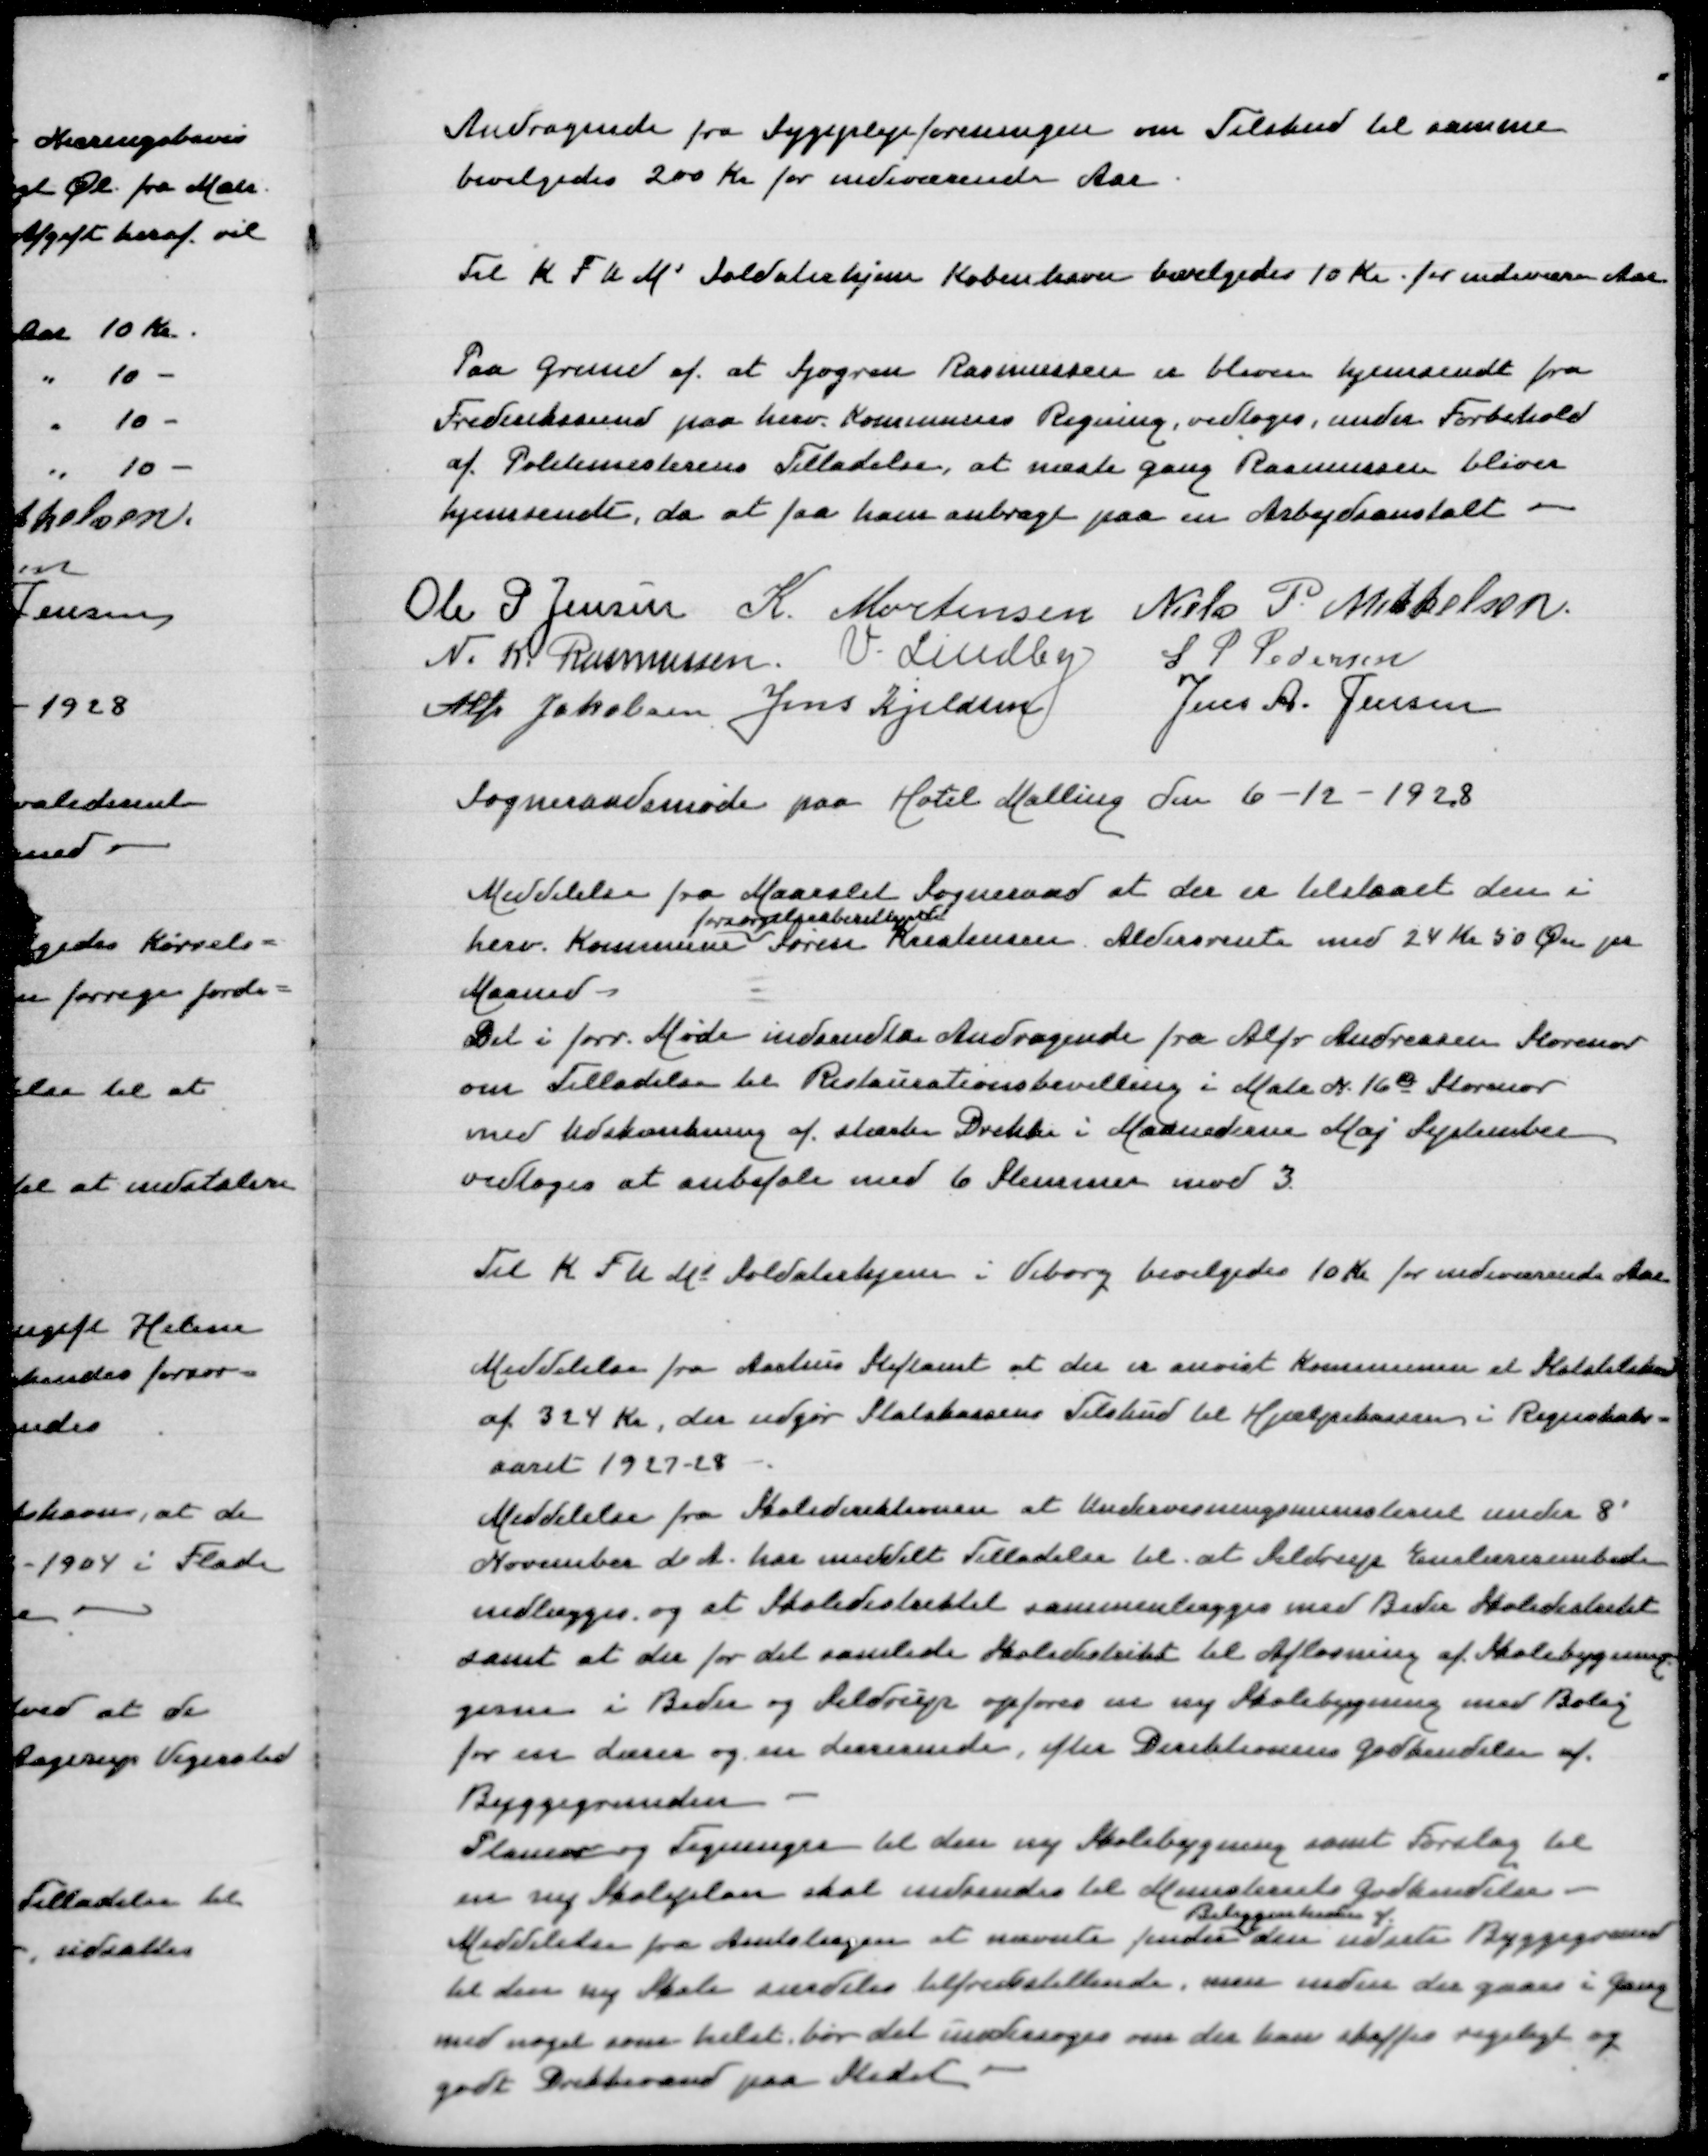
Transskription:
Andragende fra Sygeplejeforeningen om Tilskud til samme
bevilgedes 200 Kr for indeværende Aar

Til K F U M' Soldaterhjem København bevilgedes 10 Kr for indeværende Aar

Paa Grund af at Sjøgren Rasmussen er blevet hjemsendt fra
Frederikssund paa herv Kommunes Regning, vedtoges, under Forbehold
af Politimesterens Tilladelse, at næste gang Rasmussen bliver
hjemsendt, da at faa ham anbragt paa en Arbejdsanstalt

Ole P Jensen
K Mortensen
Niels P Mikkelsen
N K Rasmussen
V Lindby
S P Pedersen
Alfr Jakobsen
Jens Kjeldsen
Jens A Jensen
Sogneraadsmøde paa Hotel Malling den 6-12-1928

Meddelelse fra Maarslet Sogneraad at der er tilstaaet den i
forsørgelsesberettigede
herv Kommune Søren Kristensen Aldersrente med 24 Kr 50 Øre pr
Maaned
Det i forr Møde indsendte Andragende fra Alfr Andreasen Storenor
om Tilladelse til Restaurationsbevilling i Matr N 16c Storenor
med Udskænkning af stærke Drikke i Maanederne Maj September
vedtoges at anbefale med 6 Stemmer mod 3

Til K F U M' Soldaterhjem i Viborg bevilgedes 10 Kr for indeværende Aar

Meddelelse fra Aarhus Stiftamt at der er anvist Kommunen et Statstilskud
af 324 Kr, der udgør Statskassens Tilskud til Hjælpekassen i Regnskabs=
aaret 1927-28
Meddelelse fra Skoledirektionen at Undervisningsministeriet under 8'
November d A har meddelt Tilladelse til at Seldrup Enelærerembede
nedlægges, og at Skoledistriktet sammenlægges med Beder Skoledistrikt
samt at der for det samlede Skoledistrikt til Afløsning Skolebygning=
gerne i Beder og Seldrup opføres en ny Skolebygning med Bolig
for en Lærer og en Lærerinde, efter Direktionens Godkendelse af
Byggegrunden
Planer og Tegninger til den ny Skolebygning samt Forslag til
en ny Skoleplan skal indsendes til Ministeriets Godkendelse -
Beliggenheden af
Meddelelse fra Amtslægen at nævnte finder den udsete Byggegrund
til den ny Skole særdeles tilfredsstillende, men inden der gaaes i gang
med noget som helst bør det undersøges om der kan skaffes rigeligt og
godt Drikkevand paa Stedet